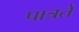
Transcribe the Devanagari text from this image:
पात्रते